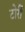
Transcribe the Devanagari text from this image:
टोर्री